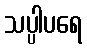
သပ္ပါပရေ